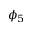
\phi _ { 5 }